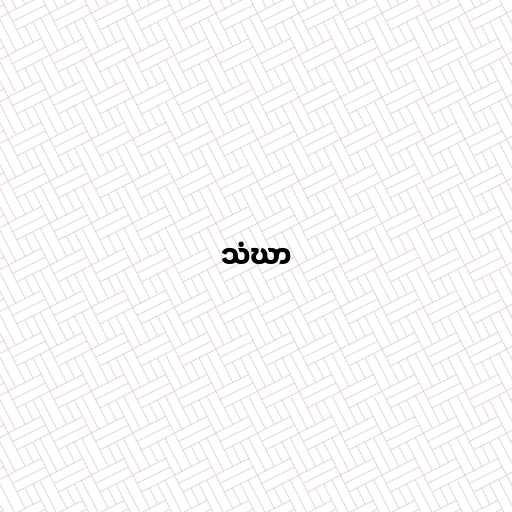
သံဃာ